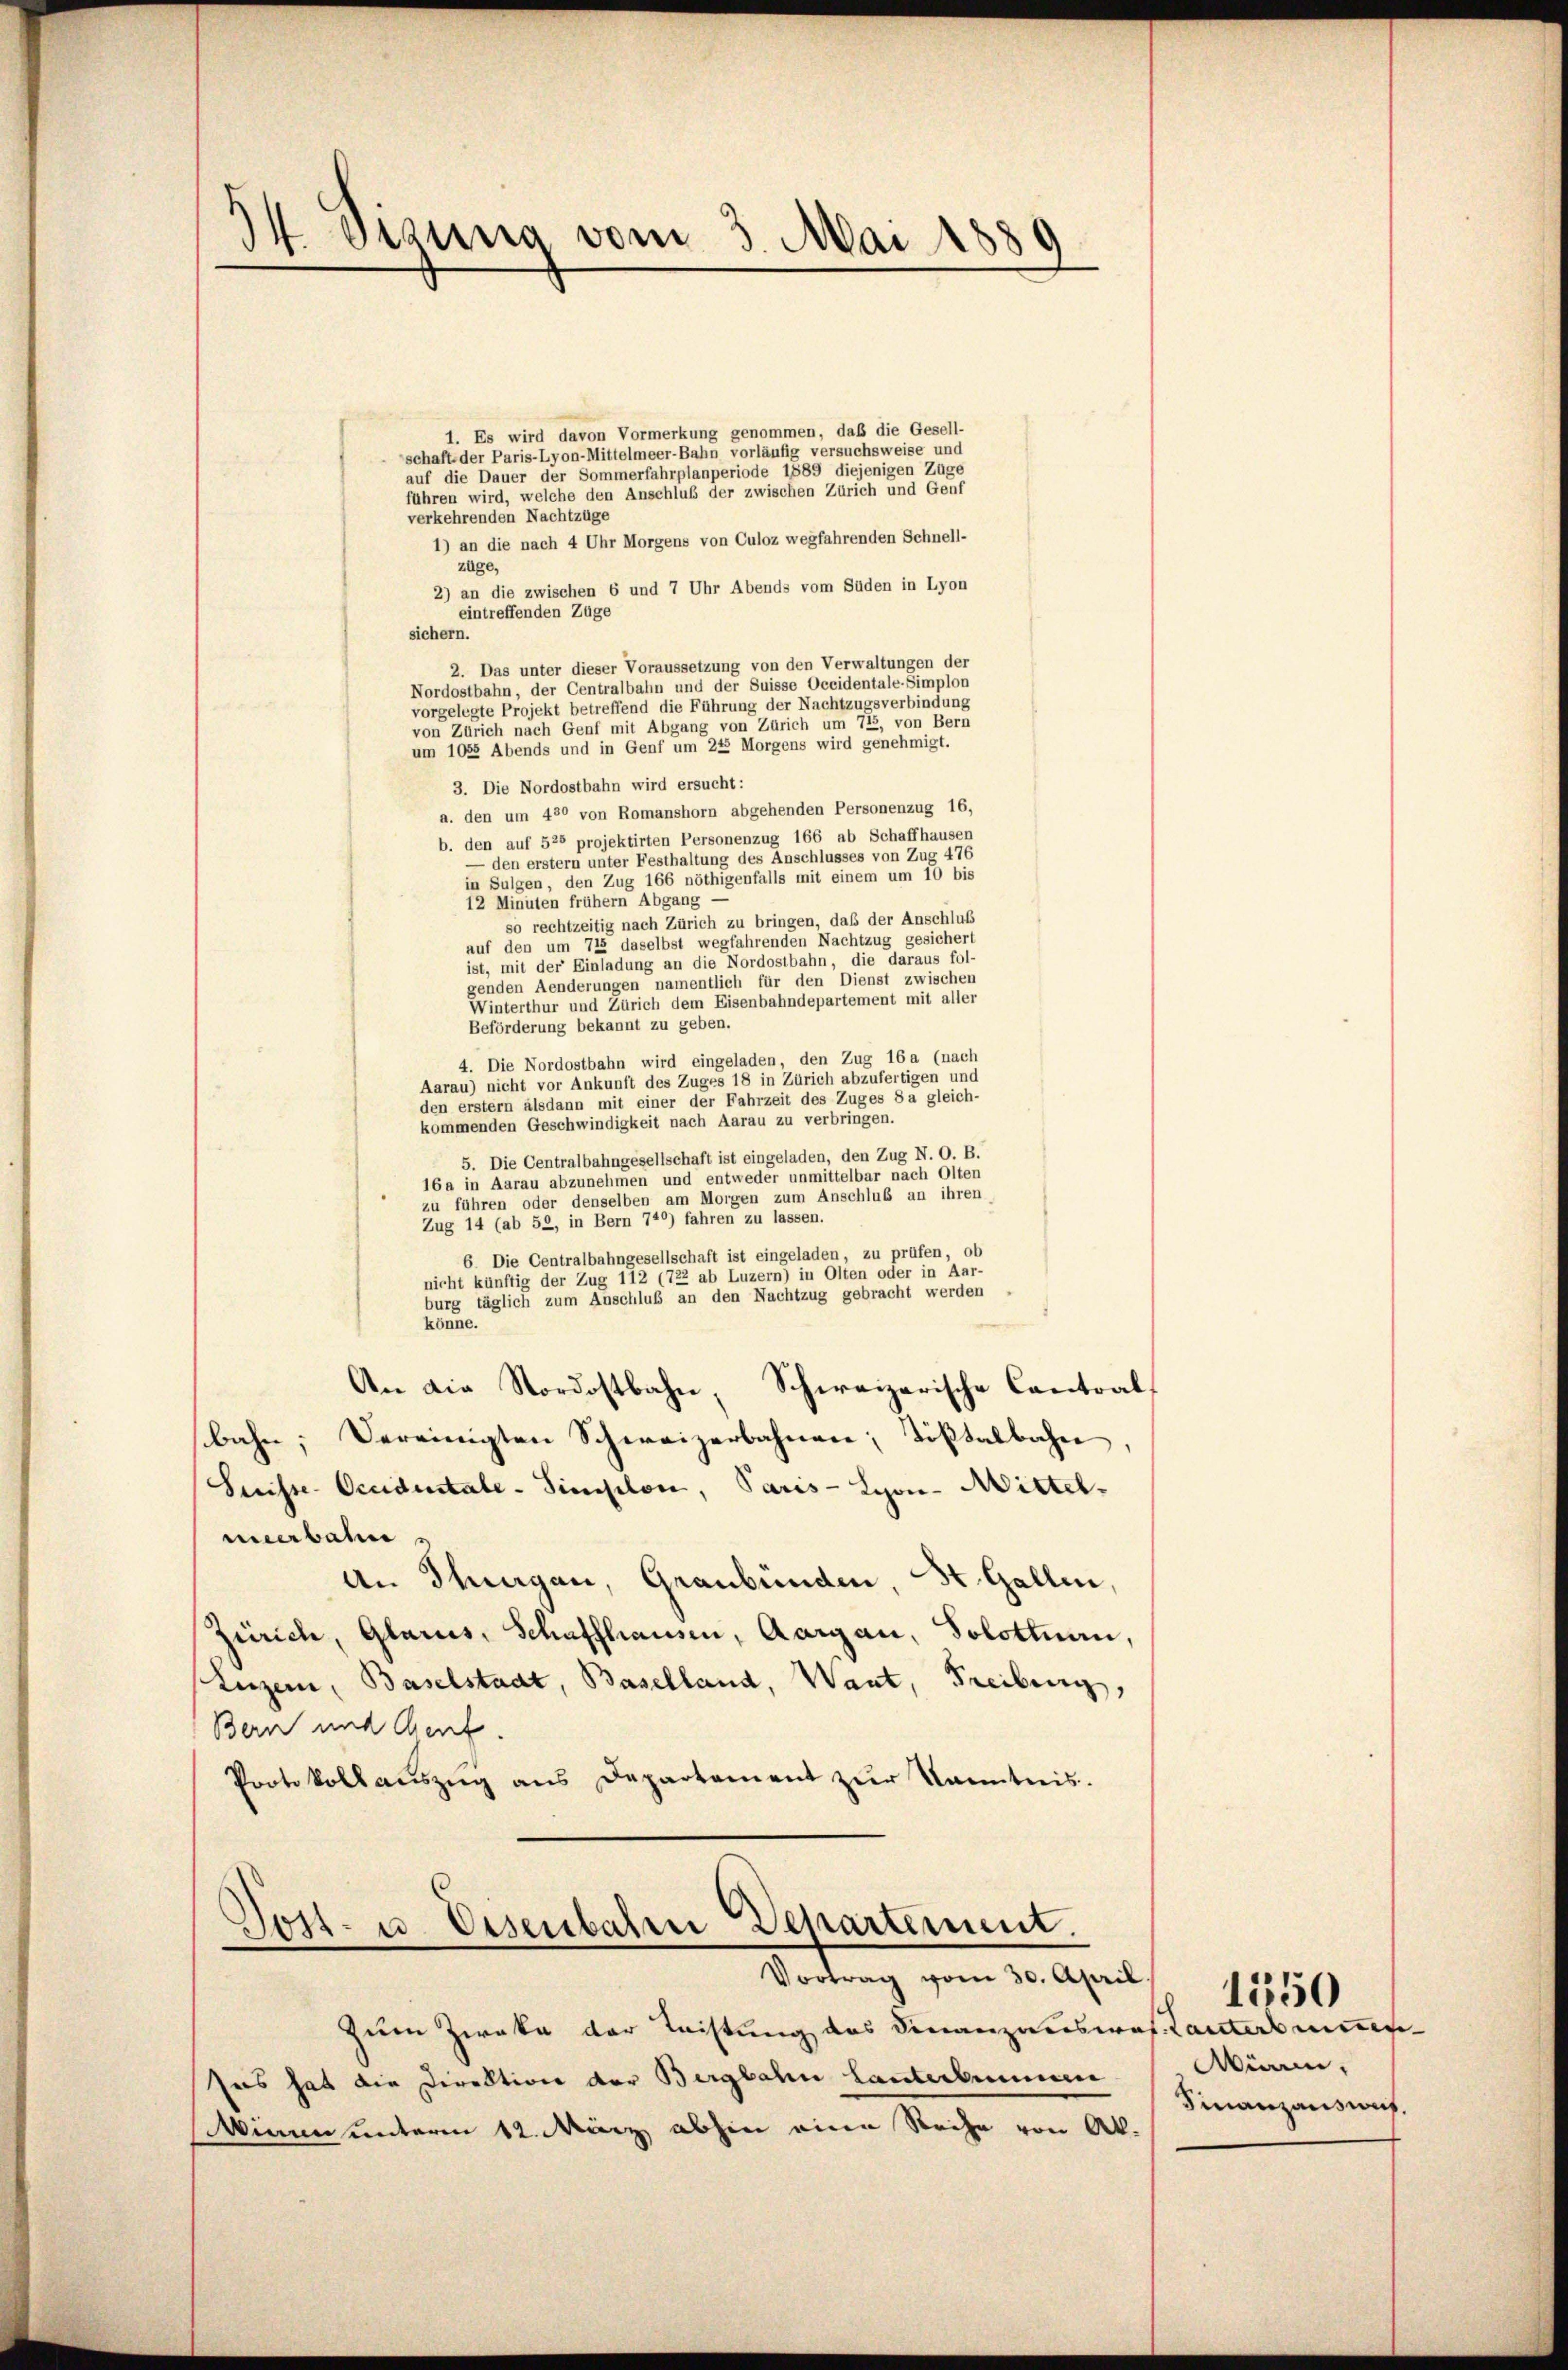
14. Sigung vom 3. Mai 1889

1. Es wird davon Vormerkung genommen, daß die Gesell-
schaft der Paris-Lyon-Mittelmeer-Bahn vorläufig versuchsweise und
auf die Dauer der Sommerfahrplanperiode 1889 diejenigen Züge
führen wird, welche den Anschluß der zwischen Zürich und Genf
verkehrenden Nachtzüge
1) an die nach 4 Uhr Morgens von Culoz wegfahrenden Schnell-
züge,
2) an die zwischen 6 und 7 Uhr Abends vom Süden in Lyon
eintreffenden Züge
sichern.
2. Das unter dieser Voraussetzung von den Verwaltungen der
Nordostbahn, der Centralbahn und der Suisse Occidentale-Simplon
vorgelegte Projekt betreffend die Führung der Nachtzugsverbindung
von Zürich nach Genf mit Abgang von Zürich um 715, von Bern
um 1053 Abends und in Genf um 245 Morgens wird genehmigt.
3. Die Nordostbahn wird ersucht:
a. den um 430 von Romanshorn abgehenden Personenzug 16,
b. den auf 526 projektirten Personenzug 166 ab Schaffhausen
— den erster unter Festhaltung des Anschlusses von Zug 476
in Sulgen, den Zug 166 nöthigenfalls mit einem um 10 bis
12 Minuten frühem Abgang
so rechtzeitig nach Zürich zu bringen, daß der Anschluß
auf den um 715 daselbst wegfahrenden Nachtzug gesichert
ist, mit der Einladung an die Nordostbahn, die daraus fol-
genden Aenderungen namentlich für den Dienst zwischen
Winterthur und Zürich dem Eisenbahndepartement mit aller
Beförderung bekannt zu geben.
4. Die Nordostbahn wird eingeladen, den Zug 16 a (nach
Aarau) nicht vor Ankunft des Zuges 18 in Zürich abzufertigen und
den erstem alsdann mit einer der Fahrzeit des Zuges 8 a gleich-
kommenden Geschwindigkeit nach Aarau zu verbringen.
5. Die Centralbahngesellschaft ist eingeladen, den Zug N. O. B.
16a in Aarau abzunehmen und entweder unmittelbar nach Olten
zu führen oder denselben am Morgen zum Anschluß an ihren
Zug 14 (ab 52, in Bern 740) fahren zu lassen.
6. Die Centralbahngesellschaft ist eingeladen, zu prüfen, ob
nicht künftig der Zug 112 (722 ab Luzern) in Olten oder in Aar-
burg täglich zum Anschluß an den Nachtzug gebracht werden
könne.
An die Nordostbahn Schweizerische Cantoalbahn, Vereinigten Schweizerbahnen, Tößtalbahne
Suisse Occidentale - Simplon, Paris - Lyon-Mittel-
merbahn
An Thurgau, Graubünden, St. Gallen,
Zürich, Glarus, Schaffhausen, Aargau, Solottnau,
(Luzern, Baselstadt, Baselland, Want, Freiburg,
Bern und Gent.
Protokoll aŭszŭg ans Departement zŭr Kenntnis.

Gost- u. Eisenbaren Departement.
Vortrag vom 30. April.

Zum Zweke der Leistung des Finanzanspros. Lanters mitge
Was hat die Direktion der Bergbahn Canterbummen
Winne unterm 12. März abhin eine Reihe von Al.

Würm
Finanzausruf.

1550